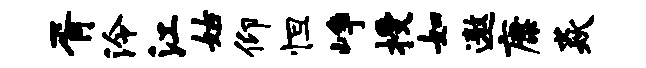
胥泠江姑仰怛峥授如遨康焱